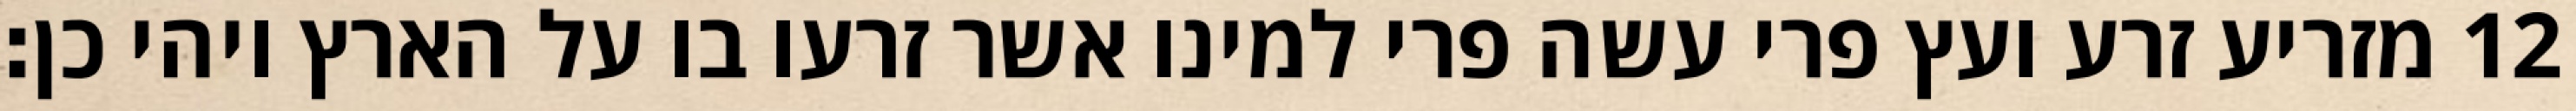
מזריע זרע ועץ פרי עשה פרי למינו אשר זרעו בו על הארץ ויהי כן׃ ‎12‏